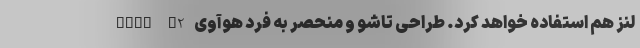
لنز هم استفاده خواهد کرد. طراحی تاشو و منحصر به فرد هوآوی Mate X2